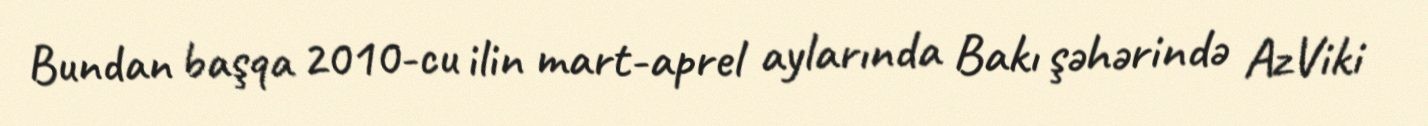
Bundan başqa 2010-cu ilin mart-aprel aylarında Bakı şəhərində AzViki